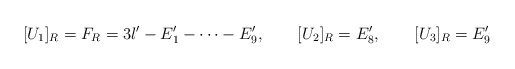
\begin{align*}[U_1]_R = F_R = 3l'-E'_1-\dots-E'_9, \qquad [U_2]_R = E'_8, \qquad [U_3]_R = E'_9\end{align*}